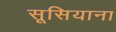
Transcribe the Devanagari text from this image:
सूसियाना